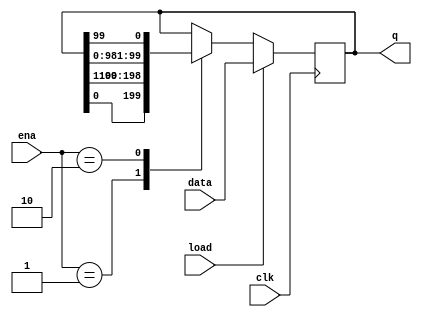
// https://hdlbits.01xz.net/wiki/Rotate100

module top_module(
    input clk,
    input load,
    input [1:0] ena,
    input [99:0] data,
    output reg [99:0] q);

    parameter ROTATER = 2'b01; // rotates right by one bit
    parameter ROTATEL = 2'b10; // rotates left by one bit

    always @(posedge clk)
        if (load)
            q <= data;
        else
            case (ena)
                ROTATER: q <= {q[0], q[99:1]};
                ROTATEL: q <= {q[98:0], q[99]};
            endcase
endmodule